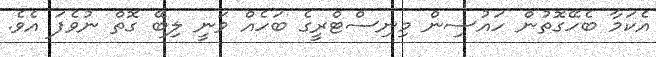
އެކަމާ ބެހޭގޮތުން ހައުސިން މިނިސްޓްރީގެ ބަހެއް ވަނީ ލިބޭ ގޮތް ނުވެފަ އެވެ.